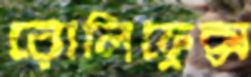
রোলিফ্লেক্স